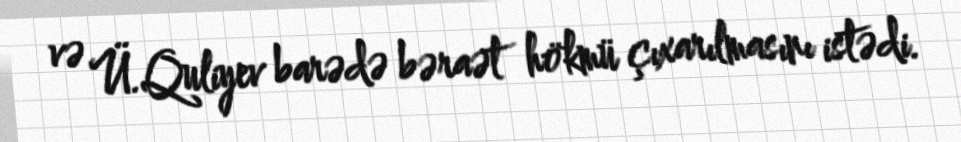
və Ü.Quliyev barədə bəraət hökmü çıxarılmasını istədi.